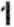
1